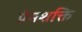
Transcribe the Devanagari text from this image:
प्रेमशक्ति